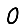
Digit: 0